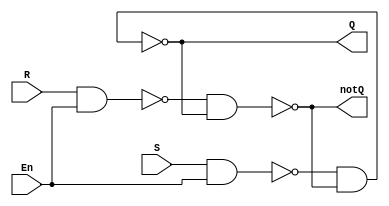
`timescale 1ns / 1ps //1ns for each delay unit
`default_nettype none
//SR Latch

module sr_latch(Q, notQ, En, S, R);

	//all ports should be wires
	output wire Q, notQ;
	input wire En, S, R;
	
	//intermediate nets
	wire nandSEN, nandREN;
	
	nand #2 nand0(Q, nandSEN, notQ);//2ns gate delay
	nand #2 nand1(notQ, nandREN, Q);
	nand #2 nand2(nandSEN, S, En);
	nand #2 nand3(nandREN, R, En);
	
endmodule//end of module